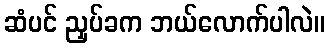
ဆံပင် ညှပ်ခက ဘယ်လောက်ပါလဲ။